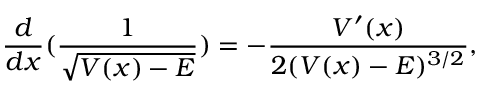
\frac { d } { d x } ( \frac { 1 } { \sqrt { V ( x ) - E } } ) = - \frac { V ^ { \prime } ( x ) } { 2 ( V ( x ) - E ) ^ { 3 / 2 } } ,